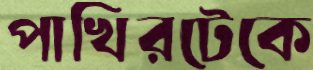
পাখিরটেকে